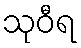
သုဝီရ